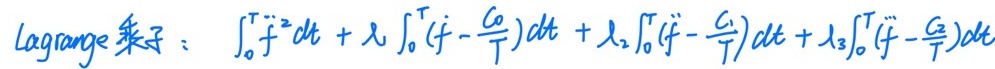
Lagrange乘子：\(\int_{0}^{T}\ddot{f}^{2}dt + \lambda_1\int_{0}^{T}(f - \frac{c_0}{T})dt + \lambda_2\int_{0}^{T}(\dot{f} - \frac{c_1}{T})dt + \lambda_3\int_{0}^{T}(\ddot{f} - \frac{c_2}{T})dt\)